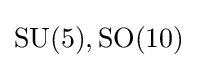
{\text{SU}}(5),{\text{SO}}(10)